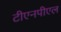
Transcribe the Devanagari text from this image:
टीएनपीएल